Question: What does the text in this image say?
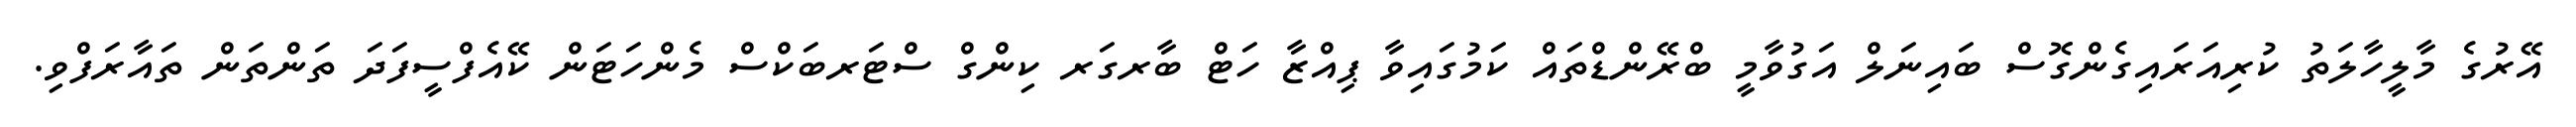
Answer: އޭރުގެ މާލީހާލަތު ކުރިއަރައިގެންގޮސް ބައިނަލް އަގުވާމީ ބްރޭންޑްތައް ކަމުގައިވާ ޕިއްޒާ ހަޓް ބާރގަރ ކިންގް ސްޓަރބަކްސް މެންހަޓަން ކޭއެފްސީފަދަ ތަންތަން ތައާރަފްވި.